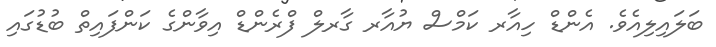
ބަލައިލިއެވެ. އެންޑް ހިއާރ ކަމްސް ޔުއާރ ގާރލް ފްރެންޑް އިވާންގެ ކަންފައިތް ބުޑުގައި